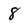
Character: 8